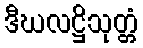
ဒီဃလဋ္ဌိသုတ္တံ